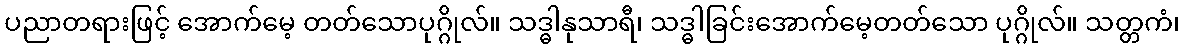
ပညာတရားဖြင့် အောက်မေ့ တတ်သောပုဂ္ဂိုလ်။ သဒ္ဓါနုသာရီ၊ သဒ္ဓါခြင်းအောက်မေ့တတ်သော ပုဂ္ဂိုလ်။ သတ္တကံ၊